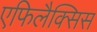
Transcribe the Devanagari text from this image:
एफिलैक्सिस